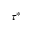
\tau ^ { * }